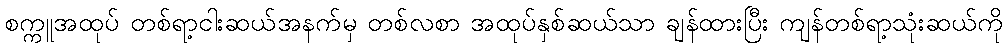
စက္ကူအထုပ် တစ်ရာ့ငါးဆယ်အနက်မှ တစ်လစာ အထုပ်နှစ်ဆယ်သာ ချန်ထားပြီး ကျန်တစ်ရာ့သုံးဆယ်ကို